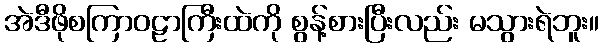
အဲဒီဖိုစကြာဝဠာကြီးထဲကို စွန့်စားပြီးလည်း မသွားရဲဘူး။